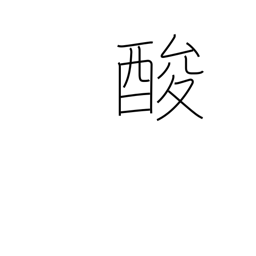
Meaning: tart